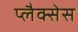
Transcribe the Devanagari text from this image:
प्लैक्सेस